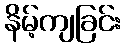
နိမ့်ကျခြင်း